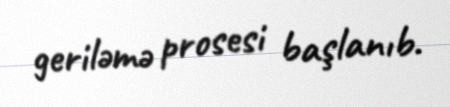
geriləmə prosesi başlanıb.